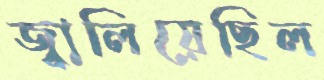
জ্বালিয়েছিল